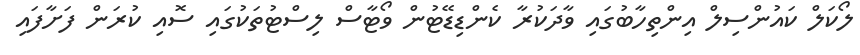
ލޯކަލް ކައުންސިލް އިންތިހާބުގައި ވާދަކުރާ ކެންޑިޑޭޓުން ވޯޓާސް ލިސްޓުތަކުގައި ސޮއި ކުރަން ފަށާފައި